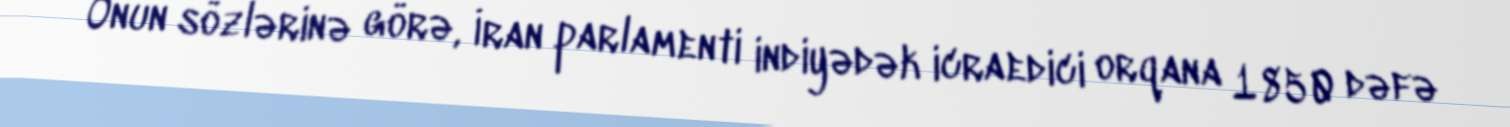
Onun sözlərinə görə, İran parlamenti indiyədək icraedici orqana 1850 dəfə